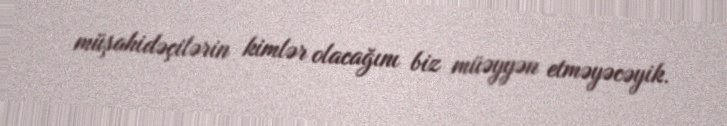
müşahidəçilərin kimlər olacağını biz müəyyən etməyəcəyik.